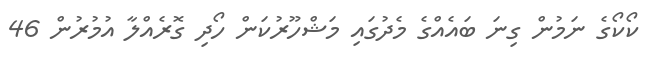
ކޯކޯގެ ނަމުން ގިނަ ބައެއްގެ މެދުގައި މަޝްހޫރުކަން ހޯދި ގޮރެއްލާ އުމުރުން 46